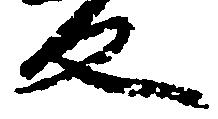
反